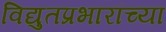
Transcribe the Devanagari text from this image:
विद्युतप्रभारांच्या